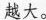
越大。